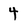
Character: 4